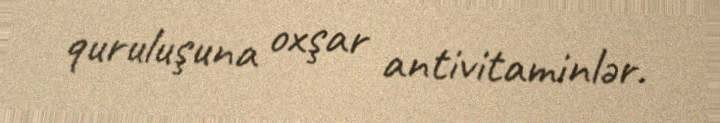
quruluşuna oxşar antivitaminlər.